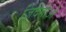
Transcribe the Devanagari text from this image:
ज़िंदगीओ